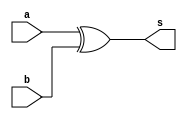
// Exemplo0024 - DIFFERENCE COMPARATOR
// Nome: Jonatas Sena Ferrreira


module different(output s, input a, input b);

	xor XOR1(s,a,b);

endmodule //different
 
module Different6(output s, input [0:5]a, input [0:5]b);

	wire [0:5]s0;

	different E1(s0[5],a[5],b[5]);
	different E2(s0[4],a[4],b[4]);
	different E3(s0[3],a[3],b[3]);
	different E4(s0[2],a[2],b[2]);
	different E5(s0[1],a[1],b[1]);
	different E6(s0[0],a[0],b[0]);
	or OR1(s,s0[0],s0[1],s0[2],s0[3],s0[4],s0[5]);

endmodule // Different6

//------------------
module testDifference;

reg [0:5]a = 6'b000000;
reg [0:5]b = 6'b000000;
wire s;

Different6 E1(s,a,b);


initial
	begin

	$display ("Exemplo0024 - Jonatas Sena Ferreira - 427424");
	$display ("DIFFERENCE COMPARATOR");
	
	#1 $display ("%b != %b = %b",a,b,s);
		a = 6'b110010;	b = 6'b000100;
	#1	$display ("%b != %b = %b",a,b,s);
		b = 6'b111100;
	#1	$display ("%b != %b = %b",a,b,s);
		a = 6'b110111;	b = 6'b111010;
	#1	$display ("%b != %b = %b",a,b,s);
	
	end

endmodule //testDifference